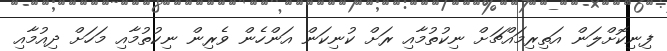
ފިނިކޮށްލަން އަތިރިމައްޗަށް ނިކުތުމާއި ރަށް ކުނިކަން އަންހެން ވެރިން ނިކުތުމާއި މަހަށް ދިއުމާއި